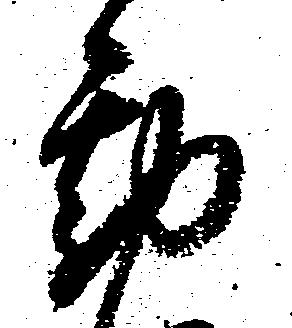
勘